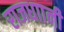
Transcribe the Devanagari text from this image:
राजधाानी